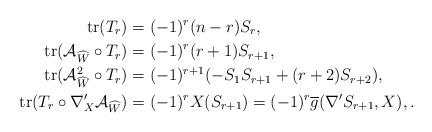
LaTeX: \begin{align*} \mathrm{tr}(T_{r}) & =(-1)^{r}(n-r) S_{r},\\ \mathrm{tr}(\mathcal{A}_{\widehat{W}}\circ T_{r}) & =(-1)^{r}(r+1)S_{r+1},\\ \mathrm{tr}(\mathcal{A}_{\widehat{W}}^{2}\circ T_{r}) & =(-1)^{r+1}(-S_{1} S_{r+1} + (r + 2) S_{r+2}),\\ \mathrm{tr}(T_{r}\circ\nabla'_{X} \mathcal{A}_{\widehat{W}}) & = (-1)^{r}X(S_{r+1})=(-1)^{r}\overline{g}(\nabla'S_{r+1},X),.\end{align*}